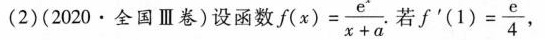
(2)(2020·全国Ⅲ卷)设函数$$f ( x ) = \frac { e ^ { x } } { x + a }$$ 若 $$f ' ( 1 ) = \frac { e } { 4 }$$，